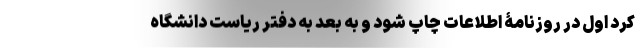
کرد اول در روزنامۀ اطلاعات چاپ شود و به بعد به دفتر ریاست دانشگاه